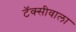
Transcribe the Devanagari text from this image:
टॅक्सीवाला